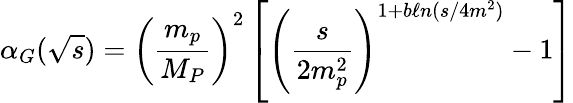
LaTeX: \alpha_{G}(\sqrt s)=\left(\frac{m_{p}}{M_{P}}\right)^{2}\left[\left(\frac{s}{2m_{p}^{2}}\right)^{1+b\ell n(s/4m^{2})}-1\right]